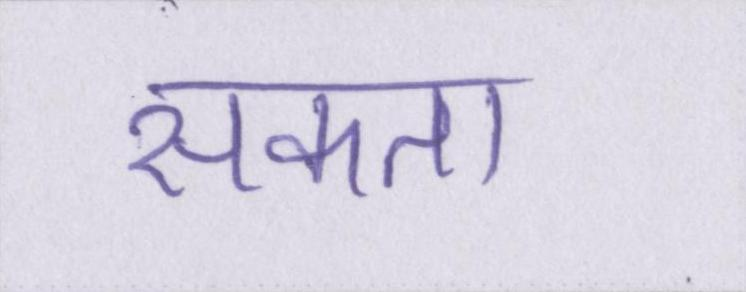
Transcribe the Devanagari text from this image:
सकता